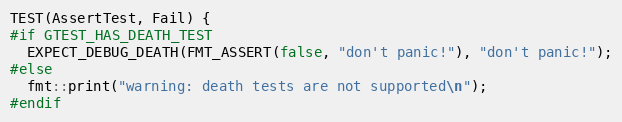
Language: C++
TEST(AssertTest, Fail) {
#if GTEST_HAS_DEATH_TEST
  EXPECT_DEBUG_DEATH(FMT_ASSERT(false, "don't panic!"), "don't panic!");
#else
  fmt::print("warning: death tests are not supported\n");
#endif